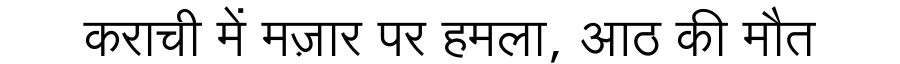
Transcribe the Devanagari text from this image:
कराची में मज़ार पर हमला, आठ की मौत